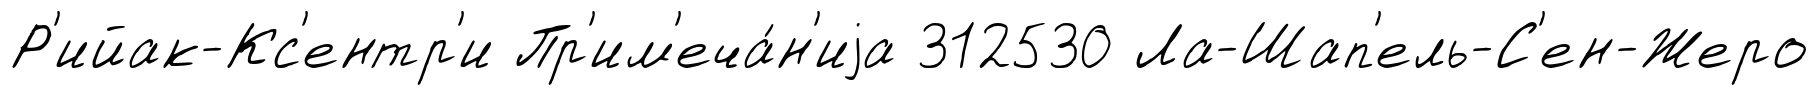
Р'ийак-Кс'ентр'и Пр'им'еча́н'иjа 312530 Ла-Шап'ель-С'ен-Жеро